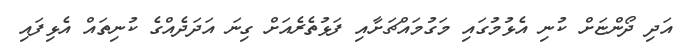
އަދި ދޯންޏަށް ކުނި އެޅުމުގައި މަގުމައްޗަށާއި ފަޅުތެރެއަށް ގިނަ އަދަދެއްގެ ކުނިތައް އެޅިފައި